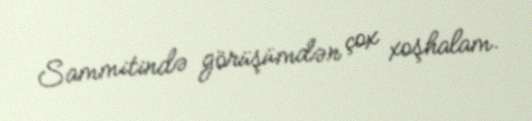
Sammitində görüşümdən çox xoşhalam.